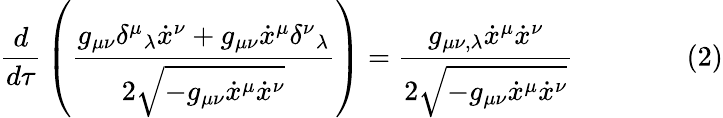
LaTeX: {\frac{d}{d\tau}}\left({\frac{g_{\mu\nu}\delta^{\mu}{}_{\lambda}{\dot{x}}^{\nu}+g_{\mu\nu}{\dot{x}}^{\mu}\delta^{\nu}{}_{\lambda}}{2{\sqrt{-g_{\mu\nu}{\dot{x}}^{\mu}{\dot{x}}^{\nu}}}}}\right)={\frac{g_{\mu\nu,\lambda}{\dot{x}}^{\mu}{\dot{x}}^{\nu}}{2{\sqrt{-g_{\mu\nu}{\dot{x}}^{\mu}{\dot{x}}^{\nu}}}}}\qquad\qquad(2)